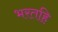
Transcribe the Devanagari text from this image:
भरतहि